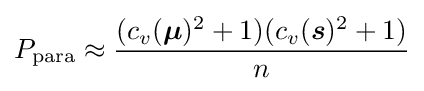
P_{\mathrm {para} }\approx {\frac {(c_{v}({\boldsymbol {\mu }})^{2}+1)(c_{v}({\boldsymbol {s}})^{2}+1)}{n}}